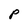
Character: P